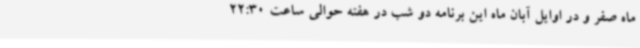
ماه صفر و در اوایل آبان ماه این برنامه دو شب در هفته حوالی ساعت 22:30